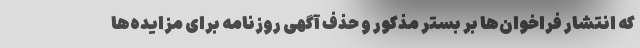
که انتشار فراخوان‌ها بر بستر مذکور و حذف آگهی روزنامه برای مزایده‌ها